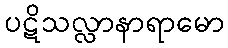
ပဋိသလ္လာနာရာမော